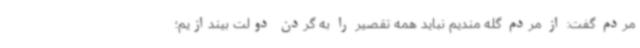
مردم گفت: از مردم گله مندیم نباید همه تقصیر را به گردن دولت بیندازیم؛